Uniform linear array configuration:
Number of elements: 48
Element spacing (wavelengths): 0.25
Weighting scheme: kaiser
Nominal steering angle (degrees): -15
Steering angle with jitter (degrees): -14.815
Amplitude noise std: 0.05
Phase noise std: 0.05

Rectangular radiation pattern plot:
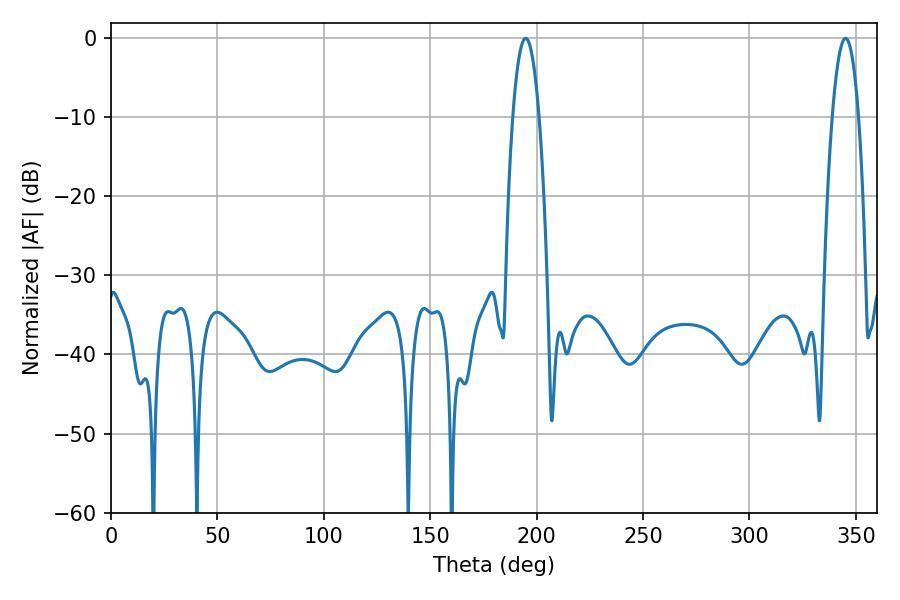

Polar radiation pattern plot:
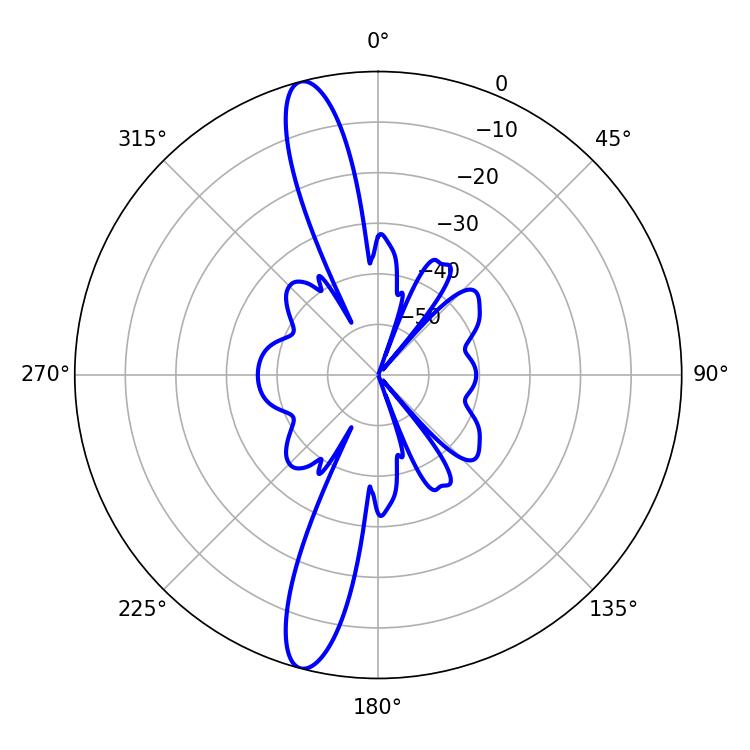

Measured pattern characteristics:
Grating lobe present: FALSE
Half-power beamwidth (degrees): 6.84
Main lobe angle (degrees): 194.76